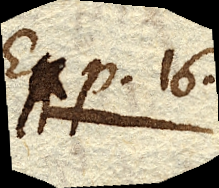
Exp. 16.